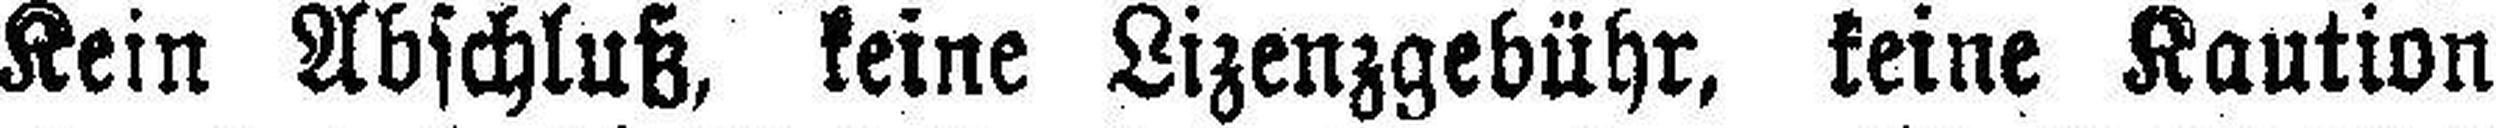
Kein Abschluß, keine Lizenzgebühr, keine Kaution